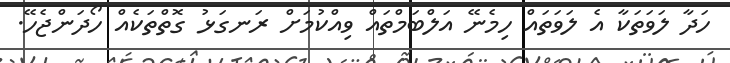
ހަދާ ލަވަތަކާ އެ ލަވަތައް ހިމެނޭ އަލްބަމްތައް ވިއްކުމަށް ރަނގަޅު ގޮތްތަކެއް ހޯދަންޖެހޭ.